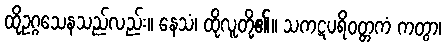
ထိုဥဂ္ဂသေနသည်လည်း။ နေသံ၊ ထိုလူတို့၏။ သကဋပရိဝတ္တကံ ကတွာ၊